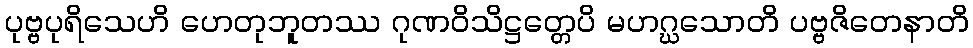
ပုဗ္ဗပုရိသေဟိ ဟေတုဘူတဿ ဂုဏဝိသိဋ္ဌတ္တေပိ မဟဂ္ဃသောတိ ပဗ္ဗဇိတေနာတိ